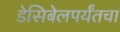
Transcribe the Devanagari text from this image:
डेसिबेलपर्यंतचा